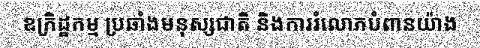
ឧក្រិដ្ឋកម្ម ប្រឆាំងមនុស្សជាតិ និងការរំលោភបំពានយ៉ាង